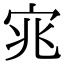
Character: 宨